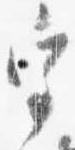
宮